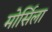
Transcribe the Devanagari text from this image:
मोर्सिला